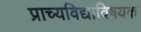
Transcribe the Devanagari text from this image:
प्राच्यविद्याविषयक